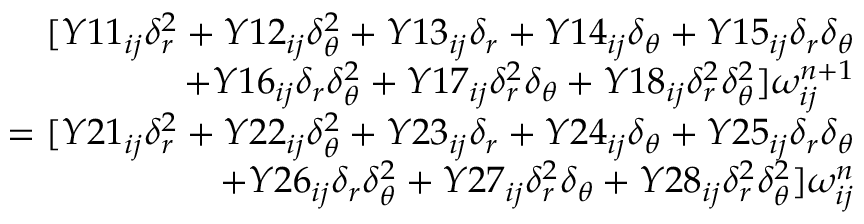
\begin{array} { r } { [ Y 1 1 _ { i j } \delta _ { r } ^ { 2 } + Y 1 2 _ { i j } \delta _ { \theta } ^ { 2 } + Y 1 3 _ { i j } \delta _ { r } + Y 1 4 _ { i j } \delta _ { \theta } + Y 1 5 _ { i j } \delta _ { r } \delta _ { \theta } } \\ { + Y 1 6 _ { i j } \delta _ { r } \delta _ { \theta } ^ { 2 } + Y 1 7 _ { i j } \delta _ { r } ^ { 2 } \delta _ { \theta } + Y 1 8 _ { i j } \delta _ { r } ^ { 2 } \delta _ { \theta } ^ { 2 } ] \omega _ { i j } ^ { n + 1 } } \\ { = [ Y 2 1 _ { i j } \delta _ { r } ^ { 2 } + Y 2 2 _ { i j } \delta _ { \theta } ^ { 2 } + Y 2 3 _ { i j } \delta _ { r } + Y 2 4 _ { i j } \delta _ { \theta } + Y 2 5 _ { i j } \delta _ { r } \delta _ { \theta } } \\ { + Y 2 6 _ { i j } \delta _ { r } \delta _ { \theta } ^ { 2 } + Y 2 7 _ { i j } \delta _ { r } ^ { 2 } \delta _ { \theta } + Y 2 8 _ { i j } \delta _ { r } ^ { 2 } \delta _ { \theta } ^ { 2 } ] \omega _ { i j } ^ { n } } \end{array}